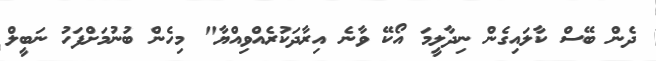
ދެން ބޭސް ކާލައިގެން ނިދާލީމަ އޯކޭ ވާނެ އިރާދަކުރެއްވިއްޔާ" މިހެން ބުނުމަށްފަހު ނަބީލް